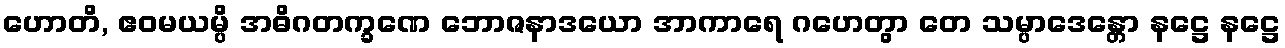
ဟောတိ, ဧဝမယမ္ပိ အဓိဂတက္ခဏေ ဘောဇနာဒယော အာကာရေ ဂဟေတွာ တေ သမ္ပာဒေန္တော နဋ္ဌေ နဋ္ဌေ